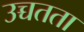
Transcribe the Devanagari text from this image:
उच्चतता